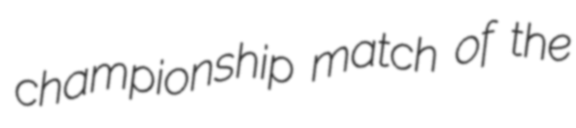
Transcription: championship match of the